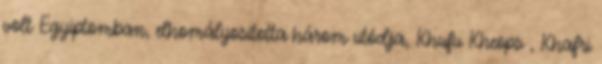
volt Egyiptomban, elhomályosította három utódja, Khufu Kheops , Khafri